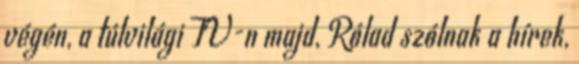
végén, a túlvilági TV-n majd, Rólad szólnak a hírek,